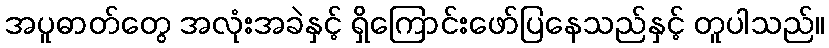
အပူဓာတ်တွေ အလုံးအခဲနှင့် ရှိကြောင်းဖော်ပြနေသည်နှင့် တူပါသည်။